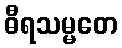
ဓီရသမ္မတေ